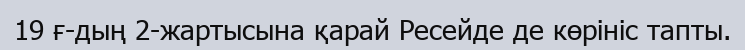
19 ғ-дың 2-жартысына қарай Ресейде де көрініс тапты.